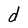
Character: d